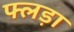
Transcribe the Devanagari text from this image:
फ्लड़ा